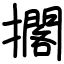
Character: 擱